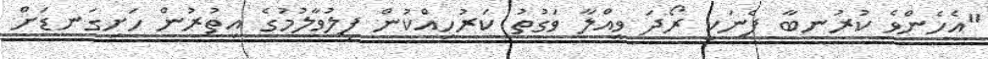
"އެހެންވެ ކުރުނބާ ފެނަކީ ރޯދަ ވީއްލާ ވަގުތު ކަރުހިއްކުން ފިލުވާލުމުގެ އިތުރުން ހަށިގަނޑަށް